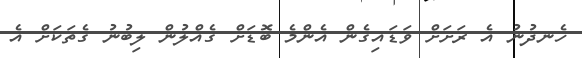
ހެނދުނު އެ ރަށަށް ވަޑައިގެން އެންމެ ބޮޑަށް ގެއްލުން ލިބުނު ގެތަކަށް އެ